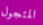
المتجول